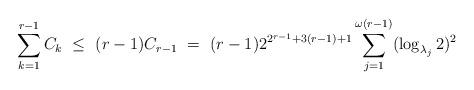
LaTeX: \begin{align*} \sum_{k=1}^{r-1} C_k \ \leq \ (r-1) C_{r-1} \ = \ (r-1) 2^{2^{r-1} + 3(r-1) + 1} \sum_{j=1}^{\omega(r-1)} (\log_{\lambda_j} 2)^2 \end{align*}